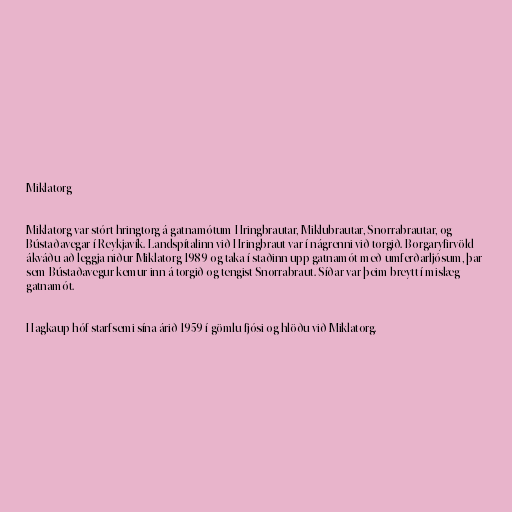
Miklatorg

Miklatorg var stórt hringtorg á gatnamótum Hringbrautar, Miklubrautar, Snorrabrautar, og
Bústaðavegar í Reykjavík. Landspítalinn við Hringbraut var í nágrenni við torgið. Borgaryfirvöld
ákváðu að leggja niður Miklatorg 1989 og taka í staðinn upp gatnamót með umferðarljósum, þar
sem Bústaðavegur kemur inn á torgið og tengist Snorrabraut. Síðar var þeim breytt í mislæg
gatnamót.

Hagkaup hóf starfsemi sína árið 1959 í gömlu fjósi og hlöðu við Miklatorg.